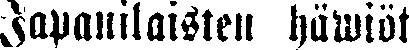
Japanilaisten häwiöt